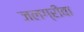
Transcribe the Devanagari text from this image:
जलग्रीवा